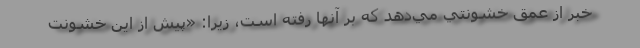
خبر از عمق خشونتي مي‌دهد كه بر آنها رفته است، زيرا: «پيش از اين خشونت